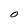
Character: O